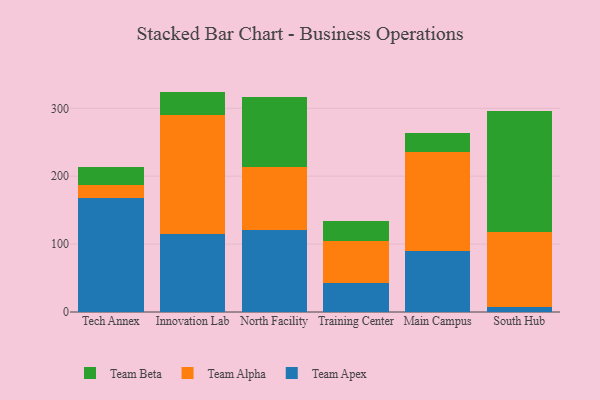
{"axis": {"x": "Campus", "y": "Active Users"}, "legend": ["Team Alpha", "Team Apex", "Team Beta"], "data": [{"x": "Tech Annex", "y": 168.0, "type": "Team Apex"}, {"x": "Tech Annex", "y": 18.8, "type": "Team Alpha"}, {"x": "Tech Annex", "y": 26.3, "type": "Team Beta"}, {"x": "Innovation Lab", "y": 115.0, "type": "Team Apex"}, {"x": "Innovation Lab", "y": 175.6, "type": "Team Alpha"}, {"x": "Innovation Lab", "y": 34.0, "type": "Team Beta"}, {"x": "North Facility", "y": 121.1, "type": "Team Apex"}, {"x": "North Facility", "y": 92.1, "type": "Team Alpha"}, {"x": "North Facility", "y": 103.1, "type": "Team Beta"}, {"x": "Training Center", "y": 42.1, "type": "Team Apex"}, {"x": "Training Center", "y": 62.1, "type": "Team Alpha"}, {"x": "Training Center", "y": 29.2, "type": "Team Beta"}, {"x": "Main Campus", "y": 89.5, "type": "Team Apex"}, {"x": "Main Campus", "y": 146.5, "type": "Team Alpha"}, {"x": "Main Campus", "y": 27.1, "type": "Team Beta"}, {"x": "South Hub", "y": 7.1, "type": "Team Apex"}, {"x": "South Hub", "y": 111.1, "type": "Team Alpha"}, {"x": "South Hub", "y": 177.1, "type": "Team Beta"}]}